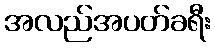
အလည်အပတ်ခရီး